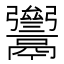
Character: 𩱥